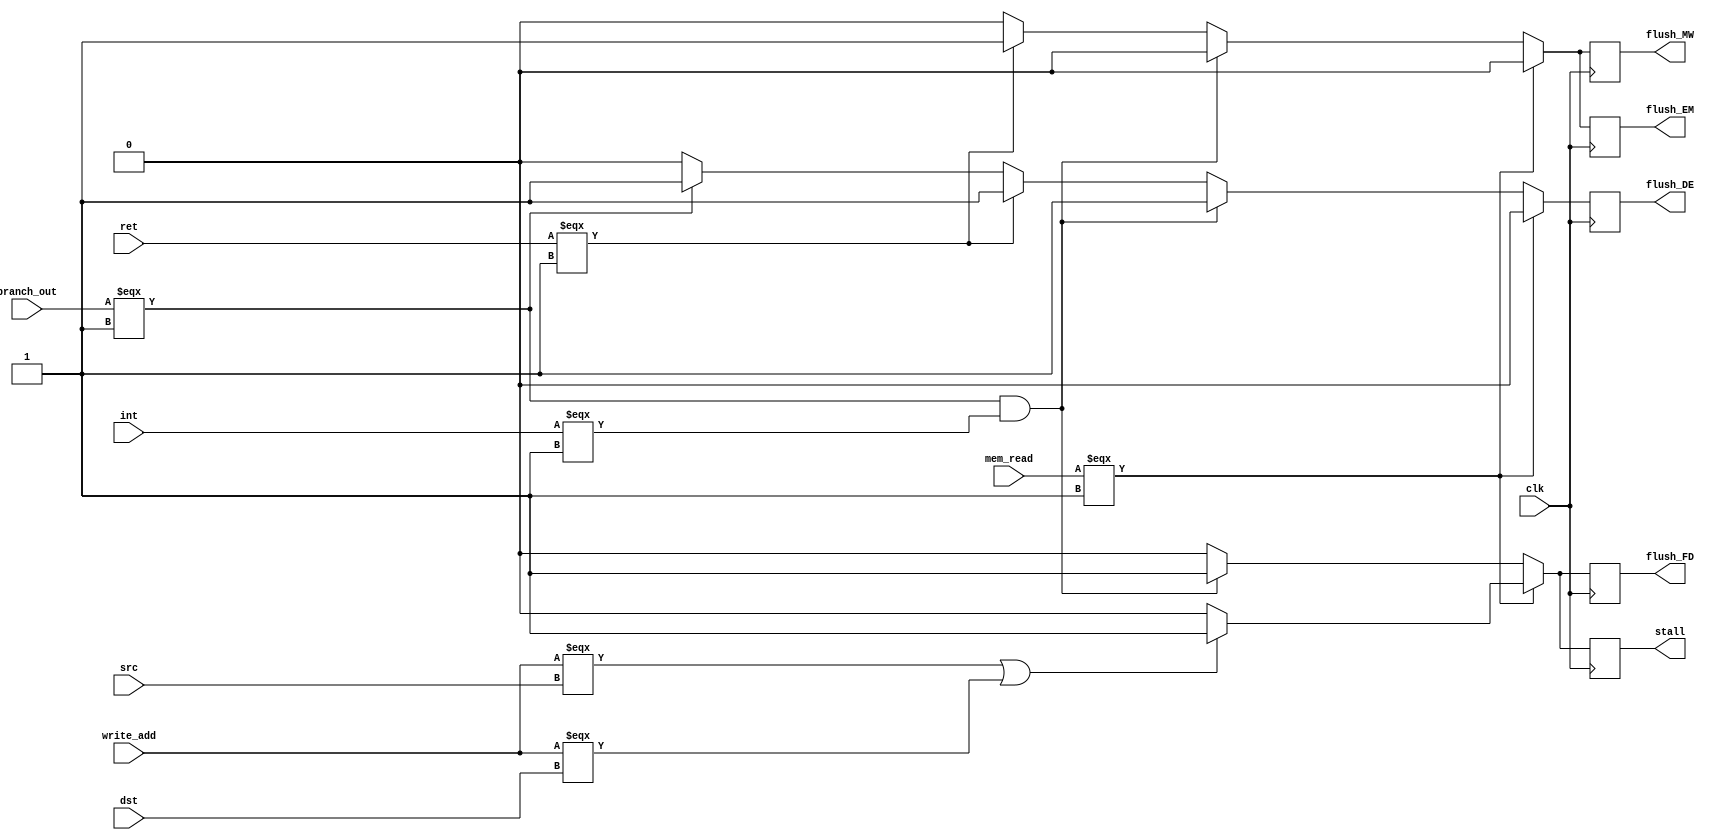
//Hazerd detection unit
/*

inputs:
  - memo read
  - write add
  - src
  - dst
  -count // count for state machine to make stalling
//////////////all the above for detect load use case (satll)
  - int    // for interupt
  - branch_out // for taken branch 
  - call       // for call return rti instructions
//////for detect flushing buffer when change pc 
output:
  -flush
  -stall
*/
module HDU(
clk,
mem_read,
write_add,
src,
dst,
int,
branch_out,
ret,
flush_FD,
flush_DE,
flush_EM,
flush_MW,
stall
);
input clk,mem_read,int,branch_out,ret;
input [2:0]write_add,src,dst;
output reg flush_FD, flush_DE, flush_EM,flush_MW, stall;

always @(negedge clk) begin
  flush_DE = 1'b0;
  flush_FD = 1'b0;
  flush_EM=1'b0;       
  flush_MW=1'b0;       
  stall = 1'b0;
  if(mem_read === 1'b1 && stall === 1'b0) begin   
    //load use case
    if(write_add=== src || write_add===dst)begin
    stall=1'b1; // PC 
    flush_FD=1'b1; // FD buffer
    end
  end else if(branch_out === 1'b1 && int === 1'b1)begin 
    stall=1'b1; 
    flush_DE=1'b1;
    flush_FD=1'b1; 
    // in case of ret and rti need to flush all buffers before EX_buff on count
  end else if(ret===1'b1 ) begin  // ret rti
    // flush_FD=1'b1; 
    flush_DE=1'b1;       
    flush_EM=1'b1;       
    flush_MW=1'b1;       
  end else if(branch_out === 1'b1  // jmp      
	        ) begin
      // ret - rti - jmp - interupt
    flush_DE=1'b1;
  end

end

// always @(posedge clk) begin
//   flush_DE = 1'b0;
//   flush_FD = 1'b0;
//   flush_EM=1'b0;       
//   stall = 1'b0;
//   if(ret===1'b1 ) begin  // ret rti
//     flush_FD=1'b1; 
//     flush_DE=1'b1;       
//     flush_EM=1'b1;       
//   end 
// end



endmodule